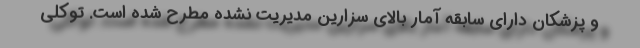
و پزشکان دارای سابقه آمار بالای سزارین مدیریت نشده مطرح شده است. توکلی